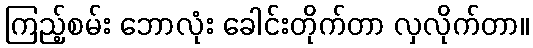
ကြည့်စမ်း ဘောလုံး ခေါင်းတိုက်တာ လှလိုက်တာ။